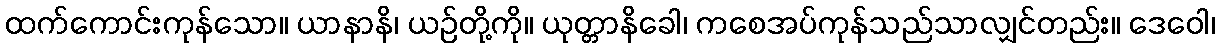
ထက်ကောင်းကုန်သော။ ယာနာနိ၊ ယဉ်တို့ကို။ ယုတ္တာနိခေါ၊ ကစေအပ်ကုန်သည်သာလျှင်တည်း။ ဒေဝေါ၊